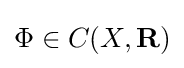
\Phi \in C(X,\mathbf {R} )